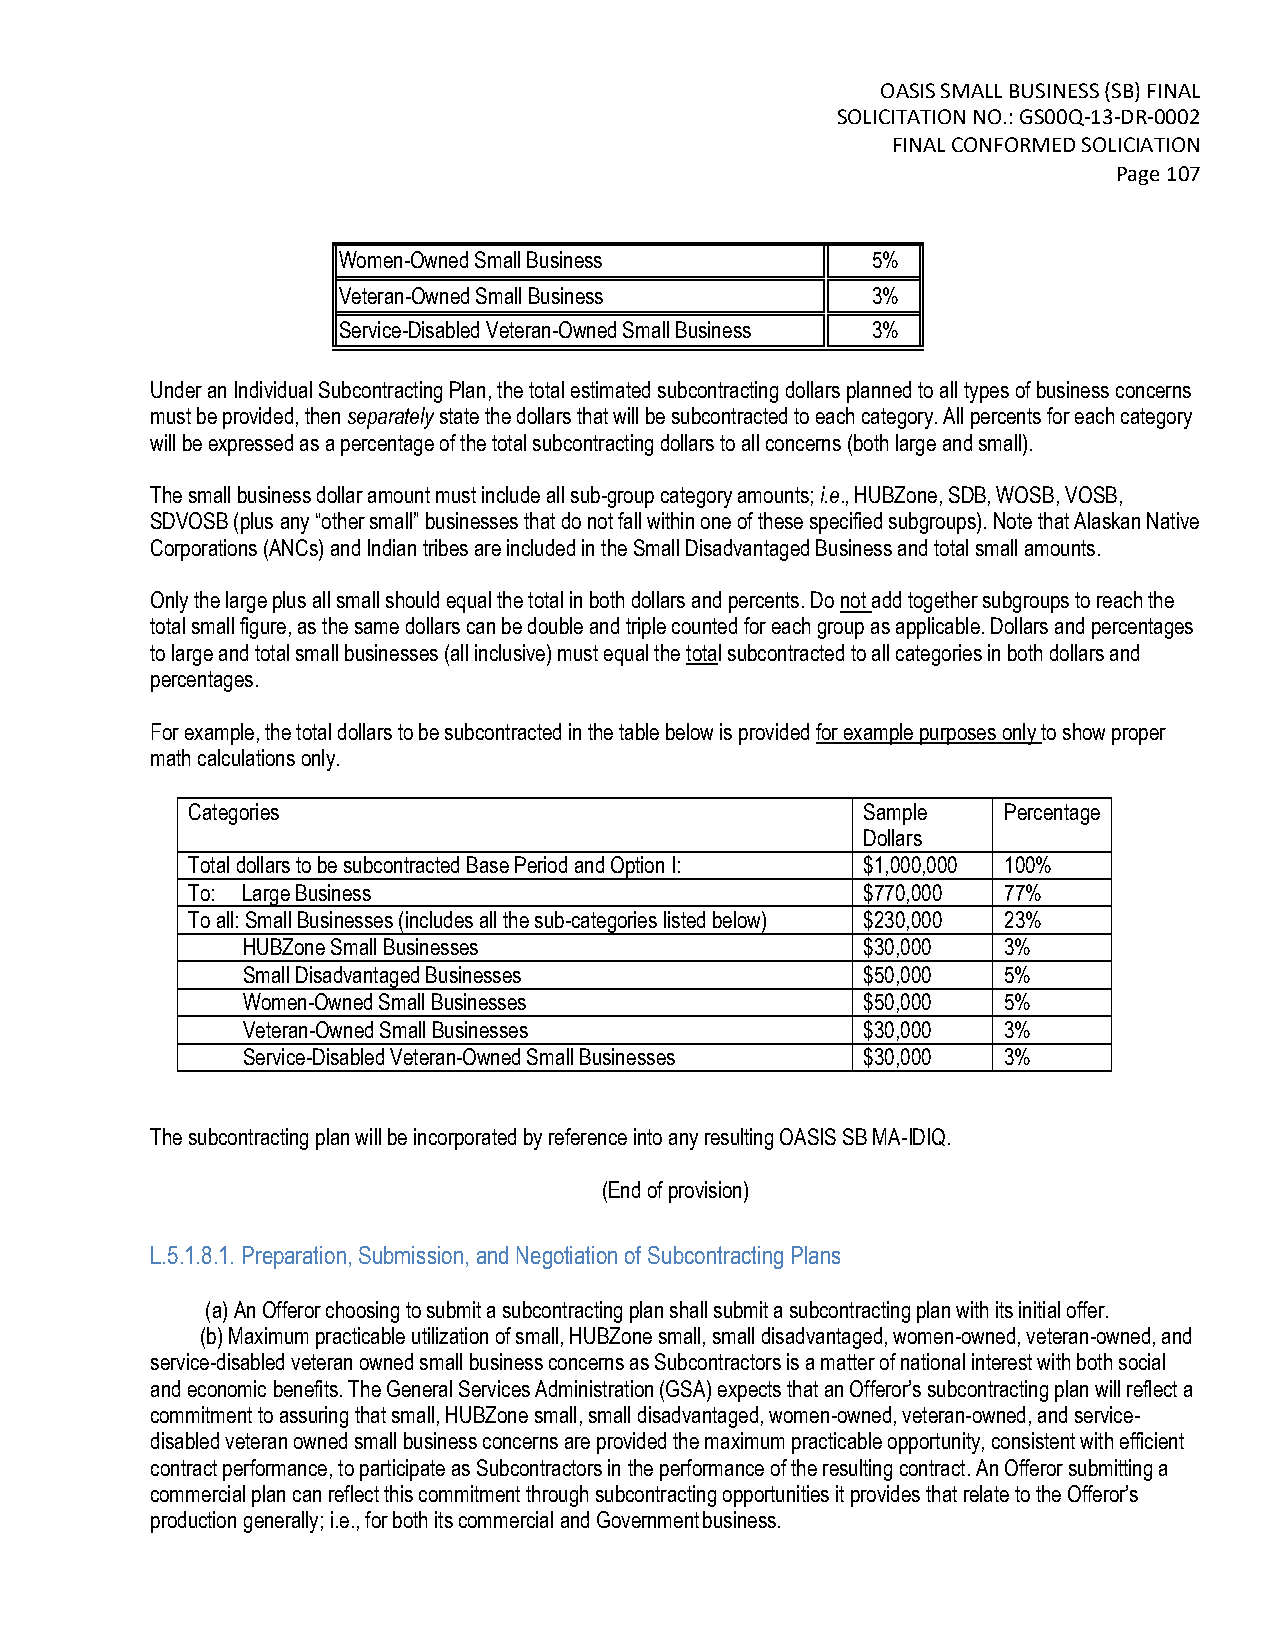
OASIS SMALL BUSINESS (SB) FINAL
 SOLICITATION NO.: GS00Q-13-DR-0002
 FINAL CONFORMED SOLICIATION
 Page 107
 Women-Owned Small Business          5%
 Veteran-Owned Small Business        3%
 Service-Disabled Veteran-Owned Small Business 3%
 Under an Individual Subcontracting Plan, the total estimated subcontracting dollars planned to all types of business concerns
 must be provided, then separately state the dollars that will be subcontracted to each category. All percents for each category
 will be expressed as a percentage of the total subcontracting dollars to all concerns (both large and small).
 The small business dollar amount must include all sub-group category amounts; i.e., HUBZone, SDB, WOSB, VOSB,
 SDVOSB (plus any “other small” businesses that do not fall within one of these specified subgroups). Note that Alaskan Native
 Corporations (ANCs) and Indian tribes are included in the Small Disadvantaged Business and total small amounts.
 Only the large plus all small should equal the total in both dollars and percents. Do not add together subgroups to reach the
 total small figure, as the same dollars can be double and triple counted for each group as applicable. Dollars and percentages
 to large and total small businesses (all inclusive) must equal the total subcontracted to all categories in both dollars and
 percentages.
 For example, the total dollars to be subcontracted in the table below is provided for example purposes only to show proper
 math calculations only.
 Categories                                   Sample   Percentage
 Dollars
 Total dollars to be subcontracted Base Period and Option I: $1,000,000 100%
 To: Large Business                           $770,000 77%
 To all: Small Businesses (includes all the sub-categories listed below) $230,000 23%
 HUBZone Small Businesses                 $30,000  3%
 Small Disadvantaged Businesses           $50,000  5%
 Women-Owned Small Businesses             $50,000  5%
 Veteran-Owned Small Businesses           $30,000  3%
 Service-Disabled Veteran-Owned Small Businesses $30,000 3%
 The subcontracting plan will be incorporated by reference into any resulting OASIS SB MA-IDIQ.
 (End of provision)
 L.5.1.8.1. Preparation, Submission, and Negotiation of Subcontracting Plans
 (a) An Offeror choosing to submit a subcontracting plan shall submit a subcontracting plan with its initial offer.
 (b) Maximum practicable utilization of small, HUBZone small, small disadvantaged, women-owned, veteran-owned, and
 service-disabled veteran owned small business concerns as Subcontractors is a matter of national interest with both social
 and economic benefits. The General Services Administration (GSA) expects that an Offeror’s subcontracting plan will reflect a
 commitment to assuring that small, HUBZone small, small disadvantaged, women-owned, veteran-owned, and service-
 disabled veteran owned small business concerns are provided the maximum practicable opportunity, consistent with efficient
 contract performance, to participate as Subcontractors in the performance of the resulting contract. An Offeror submitting a
 commercial plan can reflect this commitment through subcontracting opportunities it provides that relate to the Offeror’s
 production generally; i.e., for both its commercial and Government business.